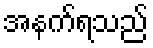
အနက်ရသည်